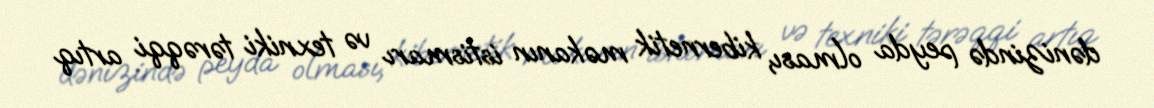
dənizində peyda olması, kibernetik məkanın istismarı və texniki tərəqqi artıq